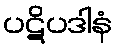
ပဋိပဒါနံ